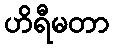
ဟိရီမတာ